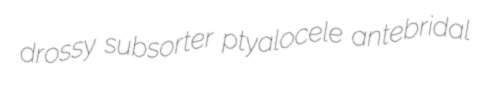
drossy subsorter ptyalocele antebridal